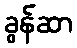
ခွန်ဆာ